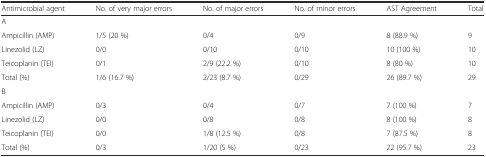
| Antimicrobial agent | No. of very major errors | No. of major errors | No. of minor errors | AST Agreement | Total |
 | --- | --- | --- | --- | --- | --- |
 | <COLSPAN=6> A |
 | Ampicillin (AMP) | 1/5 (20 %) | 0/4 | 0/9 | 8 (88.9 %) | 9 |
 | Linezolid (LZ) | 0/0 | 0/10 | 0/10 | 10 (100 %) | 10 |
 | Teicoplanin (TEI) | 0/1 | 2/9 (22.2 %) | 0/10 | 8 (80 %) | 10 |
 | Total (%) | 1/6 (16.7 %) | 2/23 (8.7 %) | 0/29 | 26 (89.7 %) | 29 |
 | <COLSPAN=6> B |
 | Ampicillin (AMP) | 0/3 | 0/4 | 0/7 | 7 (100 %) | 7 |
 | Linezolid (LZ) | 0/0 | 0/8 | 0/8 | 8 (100 %) | 8 |
 | Teicoplanin (TEI) | 0/0 | 1/8 (12.5 %) | 0/8 | 7 (87.5 %) | 8 |
 | Total (%) | 0/3 | 1/20 (5 %) | 0/23 | 22 (95.7 %) | 23 |